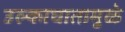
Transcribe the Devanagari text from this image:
उल्काघातामुळे